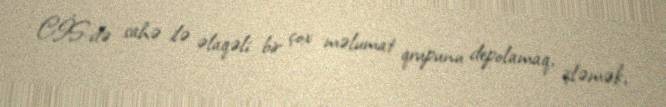
CİS-də sahə ilə əlaqəli bir çox məlumat qrupunu depolamaq, işləmək,